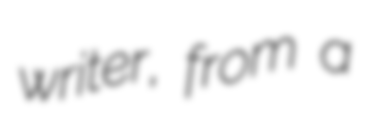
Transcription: writer, from a